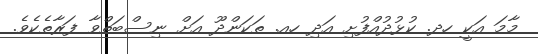
މާމަ އަކީ ހދ. ކުޅުދުއްފުށި އަދި ހއ. ތަކަންދޫ އަށް ނިސްބަތްވާ ފަރާތެކެވެ.